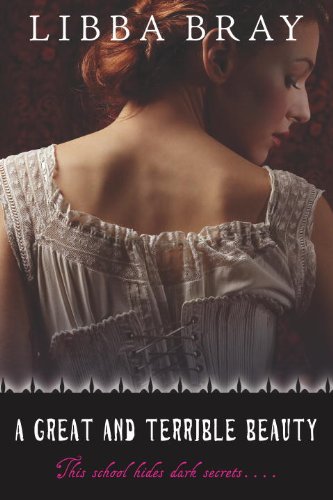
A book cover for A Great and Terrible Beauty (The Gemma Doyle Trilogy); Libba Bray; Teen & Young Adult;